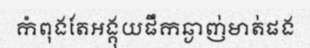
កំពុងតែអង្គុយផឹកឆ្ងាញ់មាត់ផង